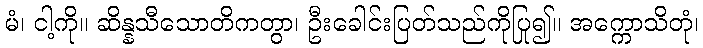
မံ၊ ငါ့ကို။ ဆိန္နသီသောတိကတွာ၊ ဦးခေါင်းပြတ်သည်ကိုပြု၍။ အက္ကောသိတုံ၊